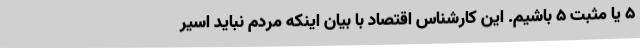
5 یا مثبت 5 باشیم. این کارشناس اقتصاد با بیان اینکه مردم نباید اسیر